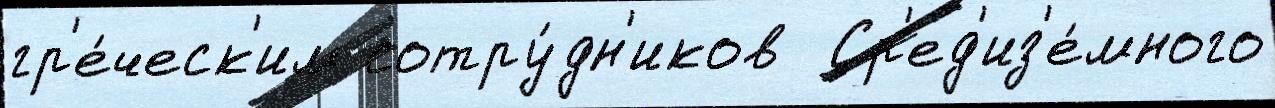
гр'е́ческ'им сотру́дн'иков  Ср'ед'из'е́много